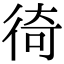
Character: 徛